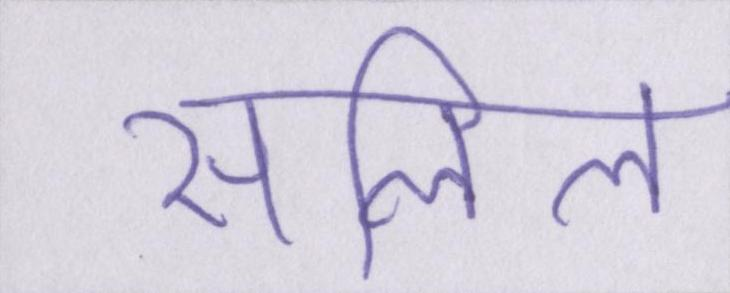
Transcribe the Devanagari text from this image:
सलिल